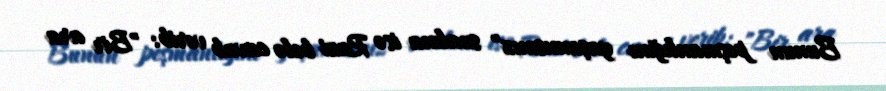
Bunun peşmanlığını yaşamısınız" sualına isə Razi belə cavab verib: "Bir ara